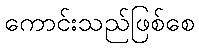
ကောင်းသည်ဖြစ်စေ